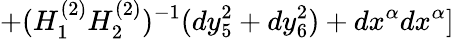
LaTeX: +(H_{1}^{(2)}H_{2}^{(2)})^{-1}(dy_{5}^{2}+dy_{6}^{2})+dx^{\alpha}dx^{\alpha}]